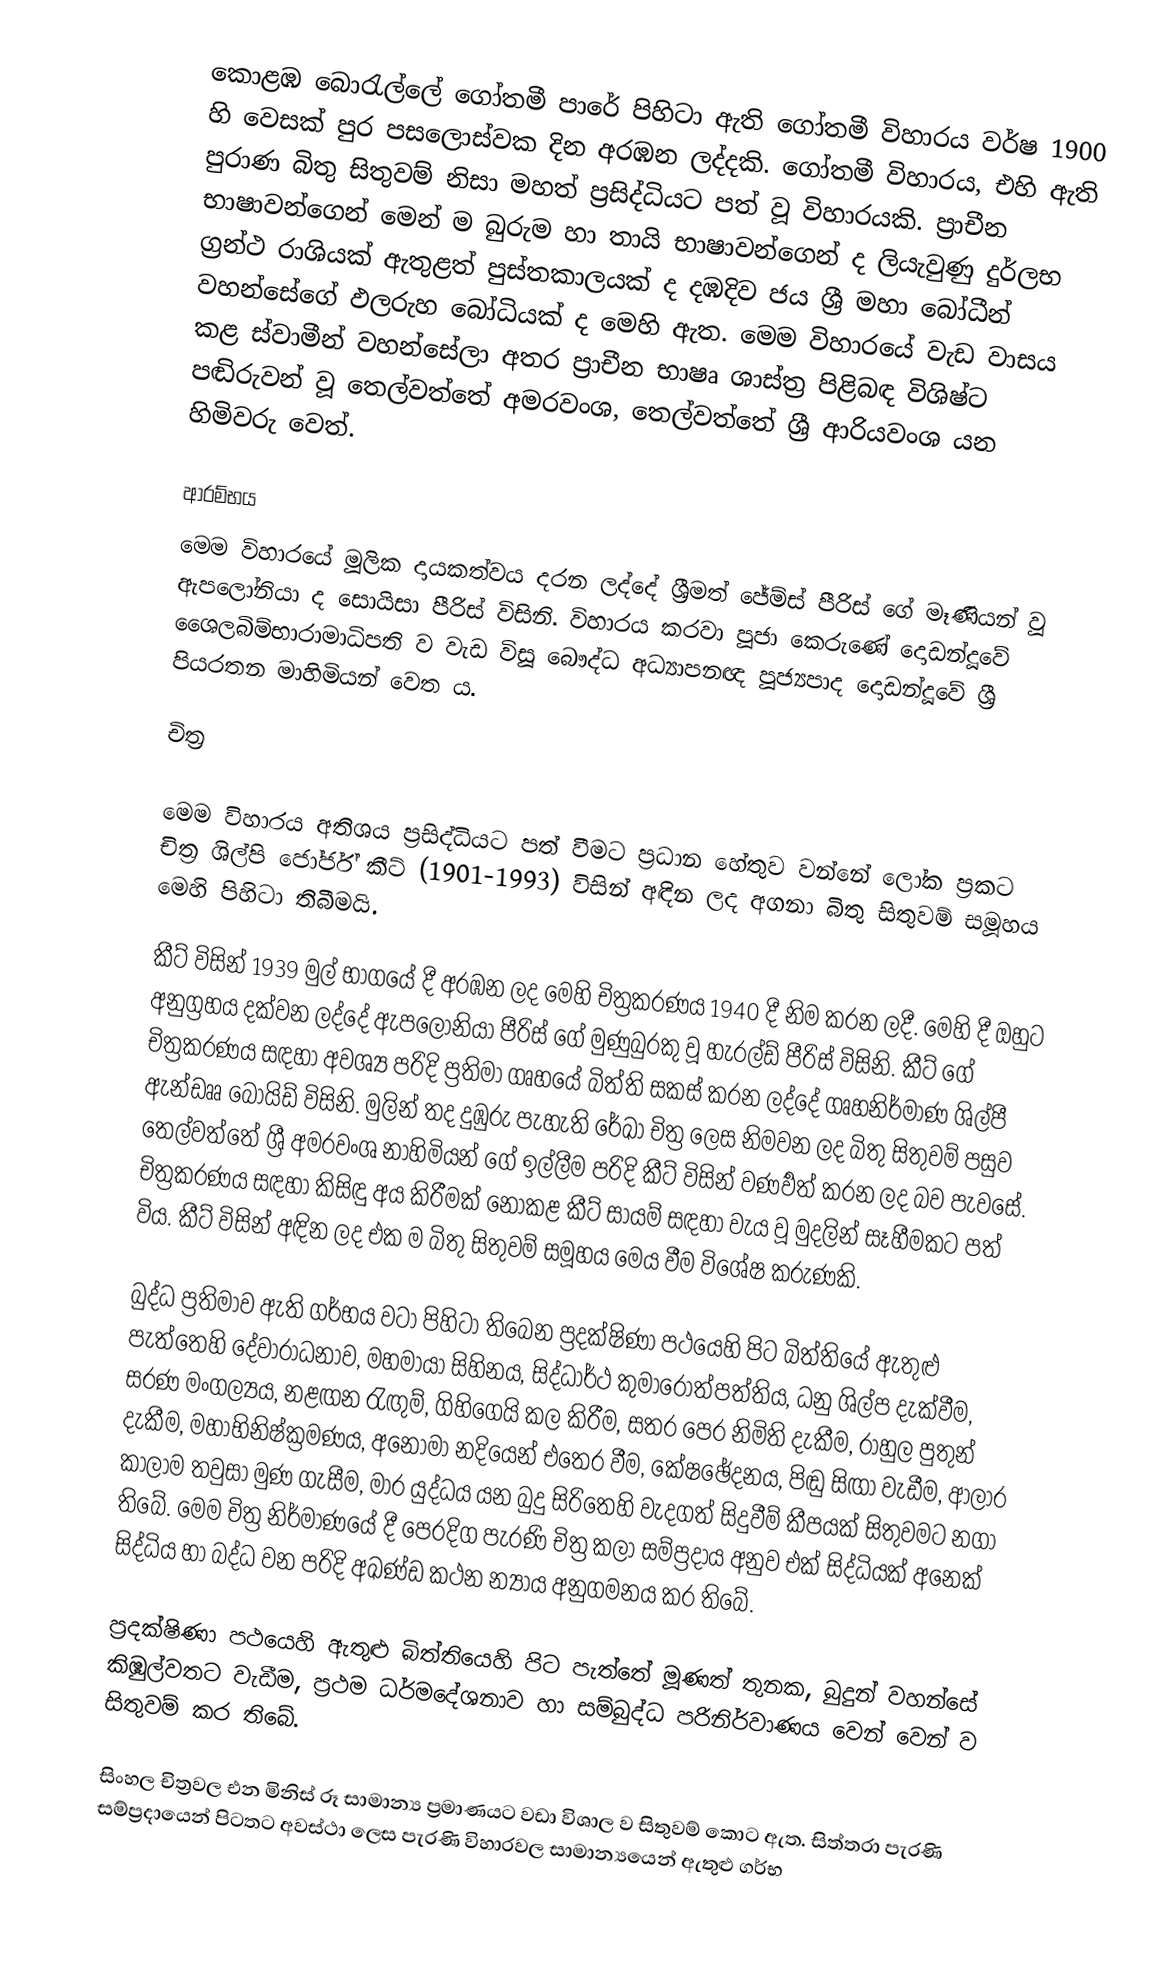
කොළඹ බොරැල්ලේ ගෝතමී පාරේ පිහිටා ඇති ගෝතමී විහාරය වර්ෂ 1900 හි වෙසක් පුර පසලොස්වක දින අරඹන ලද්දකි. ගෝතමී විහාරය, එහි ඇති පුරාණ බිතු සිතුවම් නිසා මහත් ප්‍රසිද්ධියට පත් වූ විහාරයකි. ප්‍රාචීන භාෂාවන්ගෙන් මෙන් ම බුරුම හා තායි භාෂාවන්ගෙන් ද ලියැවුණු දුර්ලභ ග්‍රන්ථ රාශියක් ඇතුළත් පුස්තකාලයක් ද දඹදිව ජය ශ්‍රී මහා බෝධීන් වහන්සේගේ ඵලරුහ බෝධියක් ද මෙහි ඇත. මෙම විහාරයේ වැඩ වාසය කළ ස්වාමීන් වහන්සේලා අතර ප්‍රාචීන භාෂෘ ශාස්ත්‍ර පිළිබඳ විශිෂ්ට පඬිරුවන් වූ තෙල්වත්තේ අමරවංශ, තෙල්වත්තේ ශ්‍රී ආරියවංශ යන හිමිවරු වෙත්.

ආරම්භය
මෙම විහාරයේ මූලික දායකත්වය දරන ලද්දේ ශ්‍රීමත් ජේම්ස් පීරිස්  ගේ මෑණියන් වූ ඇපලෝනියා ද සොයිසා පීරිස් විසිනි. විහාරය කරවා පූජා කෙ‍රුණේ දොඩන්දූවේ ‍ශෛලබිම්භාරාමාධිපති ව වැඩ විසූ බෞද්ධ අධ්‍යාපනඥ පූජ්‍යපාද දොඩන්දූවේ ශ්‍රී පියරතන මාහිමියන් වෙත ය.

චිත්‍ර

මෙම විහාරය අතිශය ප්‍රසිද්ධියට පත් වීමට ප්‍රධාන හේතුව වන්නේ ලෝක ප්‍රකට චිත්‍ර ශිල්පි ජෝර්ජ් කීට් (1901-1993) විසින් අඳින ලද අගනා බිතු සිතුවම් සමූහය මෙහි පිහිටා තිබීමයි.

කීට් විසින් 1939 මුල් භාගයේ දී අරඹන ලද මෙහි චිත්‍රකරණය 1940 දී නිම කරන ලදී. මෙහි දී ඔහුට අනුග්‍රහය දක්වන ලද්දේ ඇපලෝනියා පීරිස් ගේ මුණුබුරකු වූ හැරල්ඩ් පීරිස් විසිනි. කීට් ගේ චිත්‍රකරණය සඳහා අවශ්‍ය පරිදි ප්‍රතිමා ගෘහයේ බිත්ති සකස් කරන ලද්දේ ගෘහනිර්මාණ ශිල්පී ඇන්ඩෲ බොයිඩ් විසිනි. මුලින් තද දුඹුරු පැහැති රේඛා චිත්‍ර ලෙස නිමවන ලද බිතු සිතුවම් පසුව තෙල්වත්තේ ශ්‍රී අමරවංශ නාහිමියන් ගේ ඉල්ලීම පරිදි කීට් විසින් වණර්‍වත් කරන ලද බව පැවසේ.  චිත්‍රකරණය සඳහා කිසිඳු අය කිරීමක් නොකළ කීට් සායම් සඳහා වැය වූ මුදලින් සෑහීමකට පත් විය. කීට් විසින් අඳින ලද එක ම බිතු සිතුවම් සමූහය මෙය වීම විශේෂ කරුණකි.

බුද්ධ ප්‍රතිමාව ඇති ගර්භය වටා පිහිටා තිබෙන ප්‍රදක්ෂිණා පථයෙහි පිට බිත්තියේ ඇතුළු පැත්තෙහි දේවාරාධනාව, මහමායා සිහිනය, සිද්ධාර්ථ කුමාරෝත්පත්තිය, ධනු ශිල්ප දැක්වීම, සරණ මංගල්‍යය, නළඟන රැඟුම්, ගිහිගෙයි කල කිරීම, සතර පෙර නිමිති දැකීම, රාහුල පුතුන් දැකීම, මහාභිනිෂ්ක්‍රමණය, අනෝමා නදියෙන් එතෙර වීම, කේෂඡේදනය, පිඬු සිඟා වැඩීම, ආලාර කාලාම තවුසා මුණ ගැසීම, මාර යුද්ධය යන බුදු සිරිතෙහි වැදගත් සිදුවීම් කීපයක් සිතුවමට නගා තිබේ. මෙම චිත්‍ර නිර්මාණයේ දී පෙරදිග පැරණි චිත්‍ර කලා සම්ප්‍රදාය අනුව එක් සිද්ධියක් අනෙක් සිද්ධිය හා බද්ධ වන පරිදි අඛණ්ඩ කථන න්‍යාය අනුගමනය කර තිබේ.

ප්‍රදක්ෂිණා පථයෙහි ඇතුළු බිත්තියෙහි පිට පැත්තේ මූණත් තුනක, බුදුන් වහන්සේ කිඹුල්වතට වැඩීම, ප්‍රථම ධර්මදේශනාව හා සම්බුද්ධ පරිනිර්වාණය වෙන් වෙන් ව සිතුවම් කර තිබේ.

සිංහල චිත්‍රවල එන මිනිස් රූ සාමාන්‍ය ප්‍රමාණයට වඩා විශාල ව සිතුවම් කොට ඇත. සිත්තරා පැරණි සම්ප්‍රදායෙන් පිටතට අවස්ථා ලෙස පැරණි විහාරවල සාමාන්‍යයෙන් ඇතුළු ගර්භ